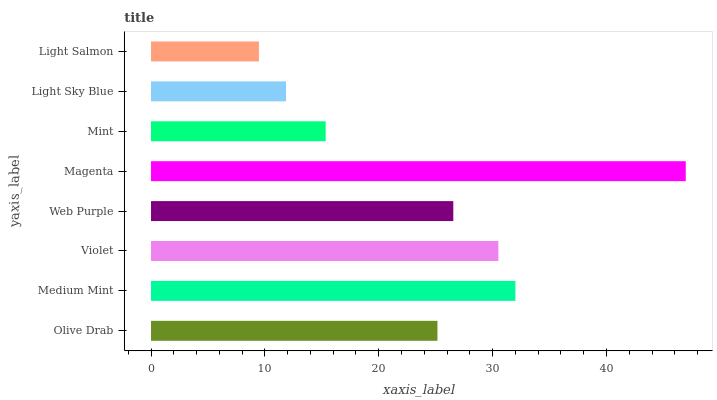
| yaxis_label | bars |
 | --- | --- |
 | Olive Drab | 25.2 |
 | Medium Mint | 32 |
 | Violet | 30.5 |
 | Web Purple | 26.5 |
 | Magenta | 47 |
 | Mint | 15.3 |
 | Light Sky Blue | 11.9 |
 | Light Salmon | 9.48 |